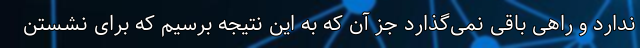
ندارد و راهی باقی نمی‌گذارد جز آن که به این نتیجه برسیم که برای نشستن